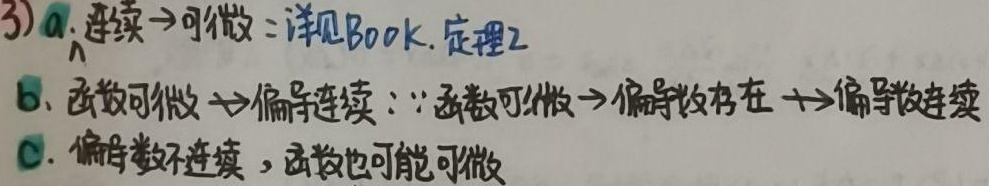
(3)
a. 连续$\nRightarrow$可微：详见 Book. 定理2。
b. 函数可微$\nRightarrow$偏导连续：$\because$函数可微$\Rightarrow$偏导数存在$\nRightarrow$偏导数连续。
c. 偏导数不连续，函数也可能可微。